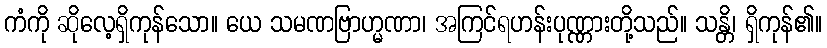
ကံကို ဆိုလေ့ရှိကုန်သော။ ယေ သမဏဗြာဟ္မဏာ၊ အကြင်ရဟန်းပုဏ္ဏားတို့သည်။ သန္တိ၊ ရှိကုန်၏။